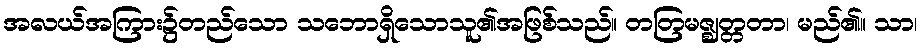
အလယ်အကြား၌တည်သော သဘောရှိသောသူ၏အဖြစ်သည်။ တတြမဇ္ဈတ္တတာ၊ မည်၏။ သာ၊